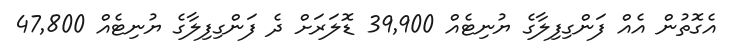
އެގޮތުން އެއް ފަންގިފިލާގެ ޔުނިޓެއް 39